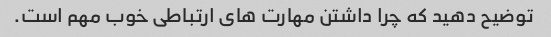
توضیح دهید که چرا داشتن مهارت های ارتباطی خوب مهم است.